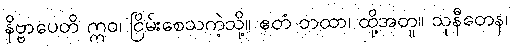
နိဗ္ဗာပေတိ ဣဝ၊ ငြိမ်းစေသကဲ့သို့။ ဧတံ တထာ၊ ထို့အတူ။ သုနီတေန၊